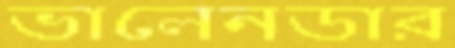
ভালেনডার